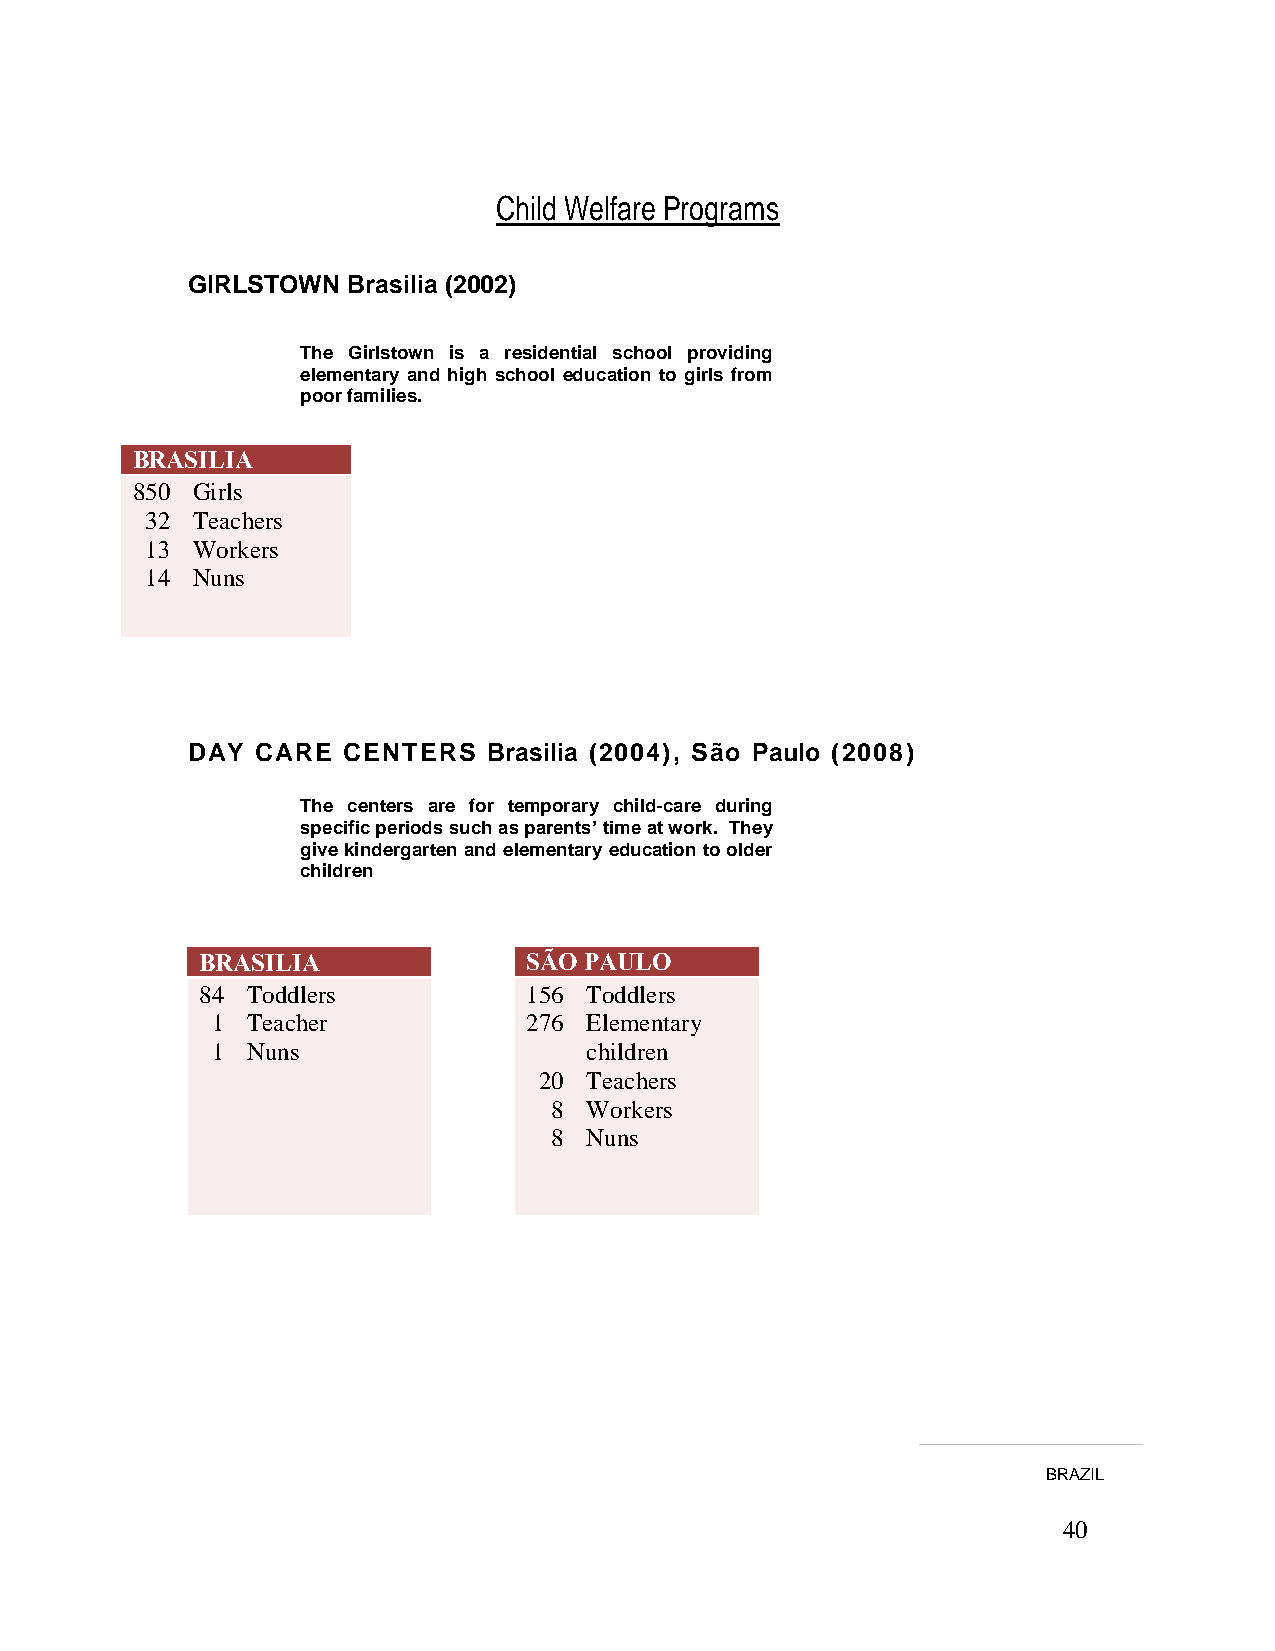
Child Welfare Programs
 GIRLSTOWN  Brasilia (2002)
 The Girlstown is a residential school providing
 elementary and high school education to girls from
 poor families.
 BRASILIA
 850 Girls
 32 Teachers
 13 Workers
 14 Nuns
 DAY  CARE  CENTERS  Brasilia (2004), São Paulo (2008)
 The centers are for temporary child-care during
 specific periods such as parents’ time at work. They
 give kindergarten and elementary education to older
 children
 BRASILIA              SÃO PAULO
 84 Toddlers           156 Toddlers
 1 Teacher            276 Elementary
 1 Nuns                   children
 20 Teachers
 8 Workers
 8 Nuns
 BRAZIL
 40